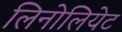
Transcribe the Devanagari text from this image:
लिनोलियेट